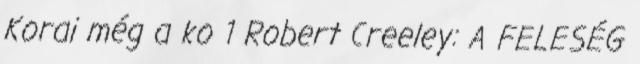
Korai még a ko 1 Robert Creeley: A FELESÉG